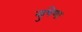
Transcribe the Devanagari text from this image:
सुषेणः